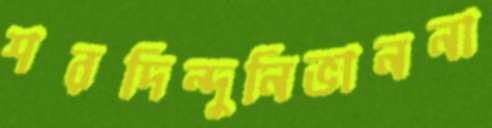
শরদিন্দুনিভাননা